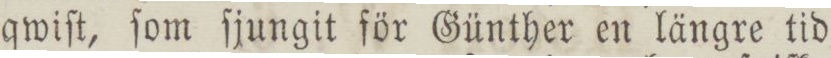
qwiſt, ſom ſjungit för Günther en längre tid